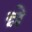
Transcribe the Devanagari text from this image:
न्ने